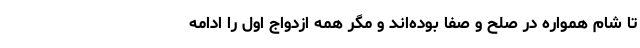
تا شام همواره در صلح و صفا بوده‌اند و مگر همه ازدواج اول را ادامه